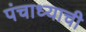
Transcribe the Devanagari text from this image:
पंचाध्याची